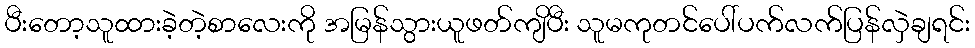
ပီးတော့သူထားခဲ့တဲ့စာလေးကို အမြန်သွားယူဖတ်ကျိပီး သူမကုတင်ပေါ်ပက်လက်ပြန်လှဲချရင်း